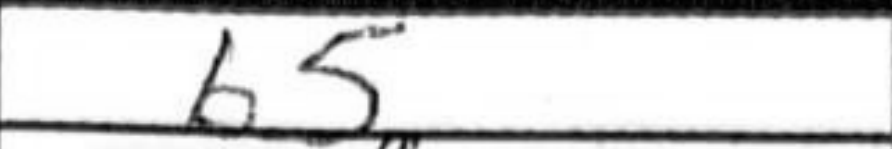
Transcription: b5